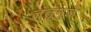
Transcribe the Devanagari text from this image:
तंतूमुळे